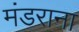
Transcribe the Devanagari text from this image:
मंडराना